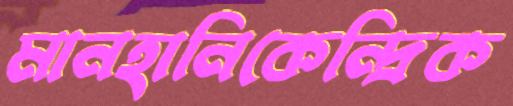
মানহানিকেন্দ্রিক